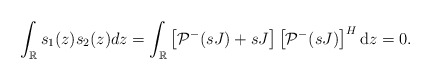
\begin{align*}\begin{aligned}\int_{\mathbb{R}} s_1(z) s_2(z) dz =\int_{\mathbb{R}}\left[\mathcal{P}^{-}(s J)+s J\right]\left[\mathcal{P}^{-}(sJ)\right]^{H} \mathrm{d}z=0.\end{aligned}\end{align*}